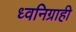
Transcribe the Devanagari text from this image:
ध्वनिग्राही